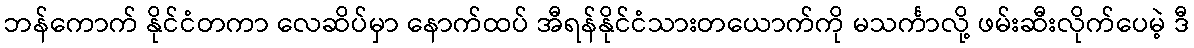
ဘန်ကောက် နိုင်ငံတကာ လေဆိပ်မှာ နောက်ထပ် အီရန်နိုင်ငံသားတယောက်ကို မသင်္ကာလို့ ဖမ်းဆီးလိုက်ပေမဲ့ ဒီ